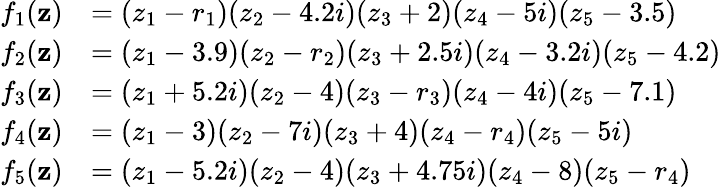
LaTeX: \begin{array}{rl}{f_{1}({\mathbf z})}&{=(z_{1}-r_{1})(z_{2}-4.2i)(z_{3}+2)(z_{4}-5i)(z_{5}-3.5)}\\ {f_{2}({\mathbf z})}&{=(z_{1}-3.9)(z_{2}-r_{2})(z_{3}+2.5i)(z_{4}-3.2i)(z_{5}-4.2)}\\ {f_{3}({\mathbf z})}&{=(z_{1}+5.2i)(z_{2}-4)(z_{3}-r_{3})(z_{4}-4i)(z_{5}-7.1)}\\ {f_{4}({\mathbf z})}&{=(z_{1}-3)(z_{2}-7i)(z_{3}+4)(z_{4}-r_{4})(z_{5}-5i)}\\ {f_{5}({\mathbf z})}&{=(z_{1}-5.2i)(z_{2}-4)(z_{3}+4.75i)(z_{4}-8)(z_{5}-r_{4})}\end{array}